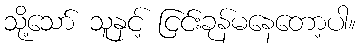
သို့သော် သူနှင့် ငြင်းခုန်မနေတော့ပါ။